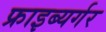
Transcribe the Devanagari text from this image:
फ्राइब्यर्गर